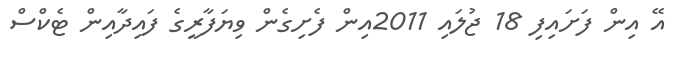
އޭ އިން ފަށައިފި 18 ޖުލައި 2011އިން ފެށިގެން ވިޔަފާރީގެ ފައިދާއިން ޓެކްސް